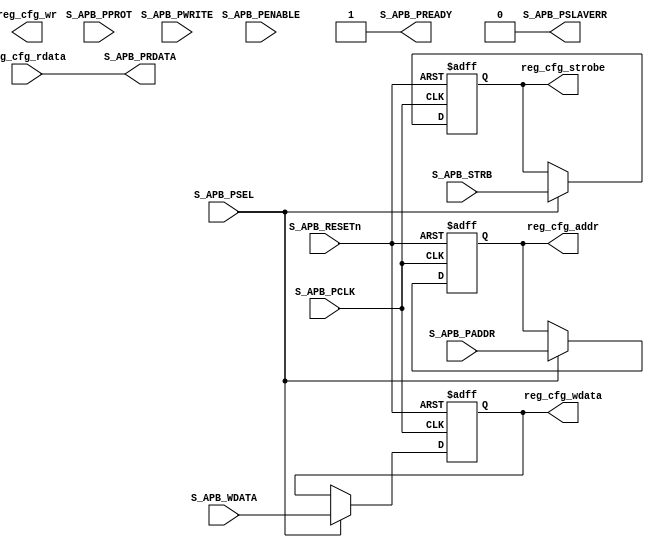
module APB_Subordinate
    #(parameter APB_S_DATA_DW = 32 ,
    					  APB_S_ADDR_DW = 32
    					  )
    (  
        input							S_APB_PCLK,
        input							S_APB_RESETn,
        input	[APB_S_ADDR_DW-1:0]		S_APB_PADDR,
        input							S_APB_PSEL,
        input							S_APB_PENABLE,
        input							S_APB_PWRITE,
        input	[APB_S_DATA_DW-1:0]		S_APB_WDATA,
        input	[2:0]					S_APB_PPROT,
        input	[APB_S_DATA_DW/8-1:0]	S_APB_STRB,
        output	[APB_S_DATA_DW-1:0]		S_APB_PRDATA,
        output							S_APB_PREADY,
        output							S_APB_PSLAVERR,
        input	[APB_S_DATA_DW-1:0]		reg_cfg_rdata,
        output	[APB_S_DATA_DW-1:0]		reg_cfg_wdata,
        output	[APB_S_ADDR_DW-1:0]		reg_cfg_addr,
        output	[APB_S_DATA_DW/8-1:0]	reg_cfg_strobe,
        output 							reg_cfg_wr


    );
/**********************************/
       reg [APB_S_DATA_DW-1:0] 		r_wdata;
       reg [APB_S_ADDR_DW-1:0]		r_addr;
       reg [APB_S_DATA_DW/8-1:0] 	r_strb;
       reg 							r_pwrite;
/********************************/
       assign S_APB_PREADY		=		1'b1;
       assign reg_cfg_wdata	=		r_wdata;
       assign reg_cfg_addr		=		r_addr;
       assign reg_cfg_strobe	=		r_strb;
       assign S_APB_PSLAVERR	=		0;
       assign reg_wr					=		r_pwrite;
       assign S_APB_PRDATA    = reg_cfg_rdata;  
/********************************/
		always @(posedge S_APB_PCLK or negedge S_APB_RESETn) begin
		    	if (~S_APB_RESETn) 
		    			r_wdata<=0;
		    	else if(S_APB_PSEL&&S_APB_PREADY)
		    			r_wdata<=S_APB_WDATA;
		    	else
		    			r_wdata<=r_wdata;
		end
		always @(posedge S_APB_PCLK or negedge S_APB_RESETn) begin
		    	if (~S_APB_RESETn) 
		    			r_addr<=0;
		    	else if(S_APB_PSEL)
		    			r_addr<=S_APB_PADDR;
		    	else
		    			r_addr<=r_addr;
		end
		always @(posedge S_APB_PCLK or negedge S_APB_RESETn) begin
		    	if (~S_APB_RESETn) 
		    			r_strb<=0;
		    	else if(S_APB_PSEL)
		    			r_strb<=S_APB_STRB;
		    	else
		    			r_strb<=r_strb;
		end
		always @(posedge S_APB_PCLK or negedge S_APB_RESETn) begin
		    	if (~S_APB_RESETn) 
		    			r_pwrite<=0;
		    	else if(S_APB_PSEL)
		    			r_pwrite<=S_APB_PWRITE;
		    	else
		    			r_pwrite<=r_pwrite;
		end





/**********************************/




endmodule